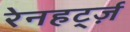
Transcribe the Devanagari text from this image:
रेनहर्ट्ज़